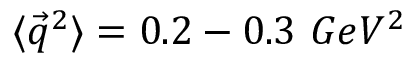
\langle { \vec { q } } ^ { 2 } \rangle = 0 . 2 - 0 . 3 ~ G e V ^ { 2 }